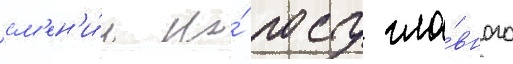
см'ен'и́л на́ посту гла́вного